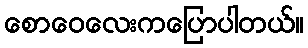
စောဝေလေးကပြောပါတယ်။